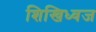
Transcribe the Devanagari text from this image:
शिखिध्वज